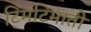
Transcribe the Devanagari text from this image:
टिमटिमाती